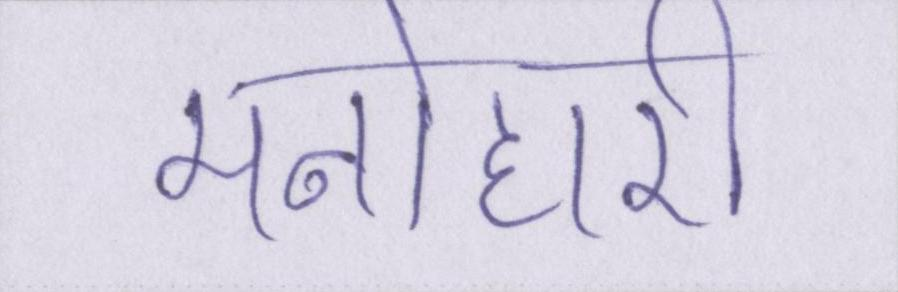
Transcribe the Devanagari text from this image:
मनोहारी